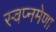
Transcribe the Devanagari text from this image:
स्वप्नमेणा